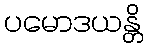
ပမောဒယန္တိ